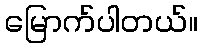
မြောက်ပါတယ်။